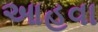
આહવા